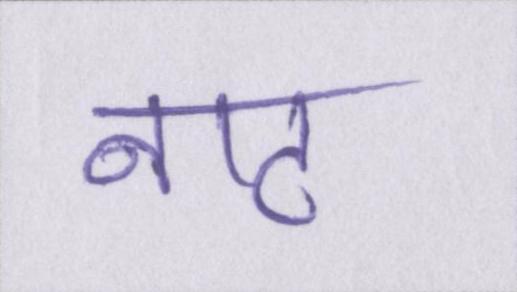
नाट